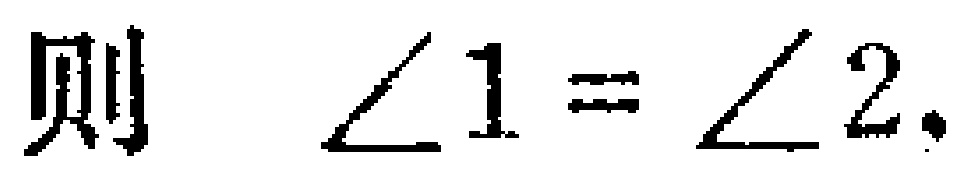
则 $\angle 1 = \angle 2.$